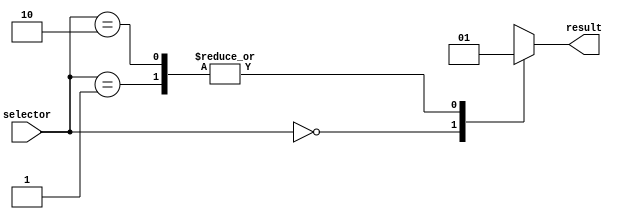
module dont_care_example (
    input wire [1:0] selector,
    output wire result
);

// Behavioral modeling block using a "Don't care" case statement
always @*
begin
    case (selector)
        2'b00: result = 1'b0; // Define behavior for specific cases
        2'b01: result = 1'b1;
        2'b10: result = 1'b1;
        default: result = 1'bx; // "Don't care" case statement for any other input value
    endcase
end

endmodule